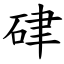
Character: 硉